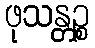
ဖုသန္တဉ္စ